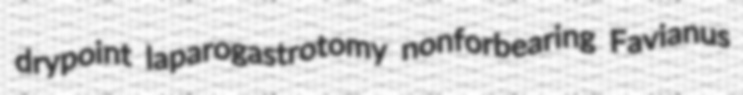
drypoint laparogastrotomy nonforbearing Favianus